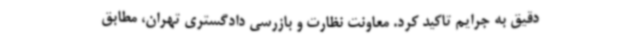
دقیق به جرایم تاکید کرد. معاونت نظارت و بازرسی دادگستری تهران، مطابق